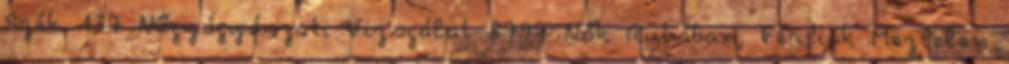
Szék 137 Nőgyógyászati Vizsgálat 8797 Nők Ruhában, Férfiak Meztelen